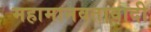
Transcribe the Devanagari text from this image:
महामानवतावादी